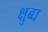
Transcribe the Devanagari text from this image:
क्षुब्घ